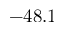
- 4 8 . 1